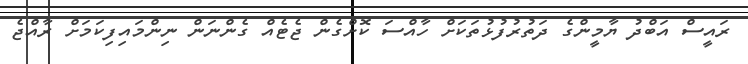
ރައީސް އަބްދު ޔާމީންގެ ދަތުރުފުޅުތަކަށް ހާއްސަ ކޮށްގެން ޖެޓެއް ގެންނަން ނިންމައިފިކަމަށް ރާއްޖެ